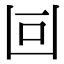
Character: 𠚃